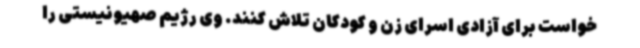
خواست برای آزادی اسرای زن و کودکان تلاش کنند. وی رژیم صهیونیستی را